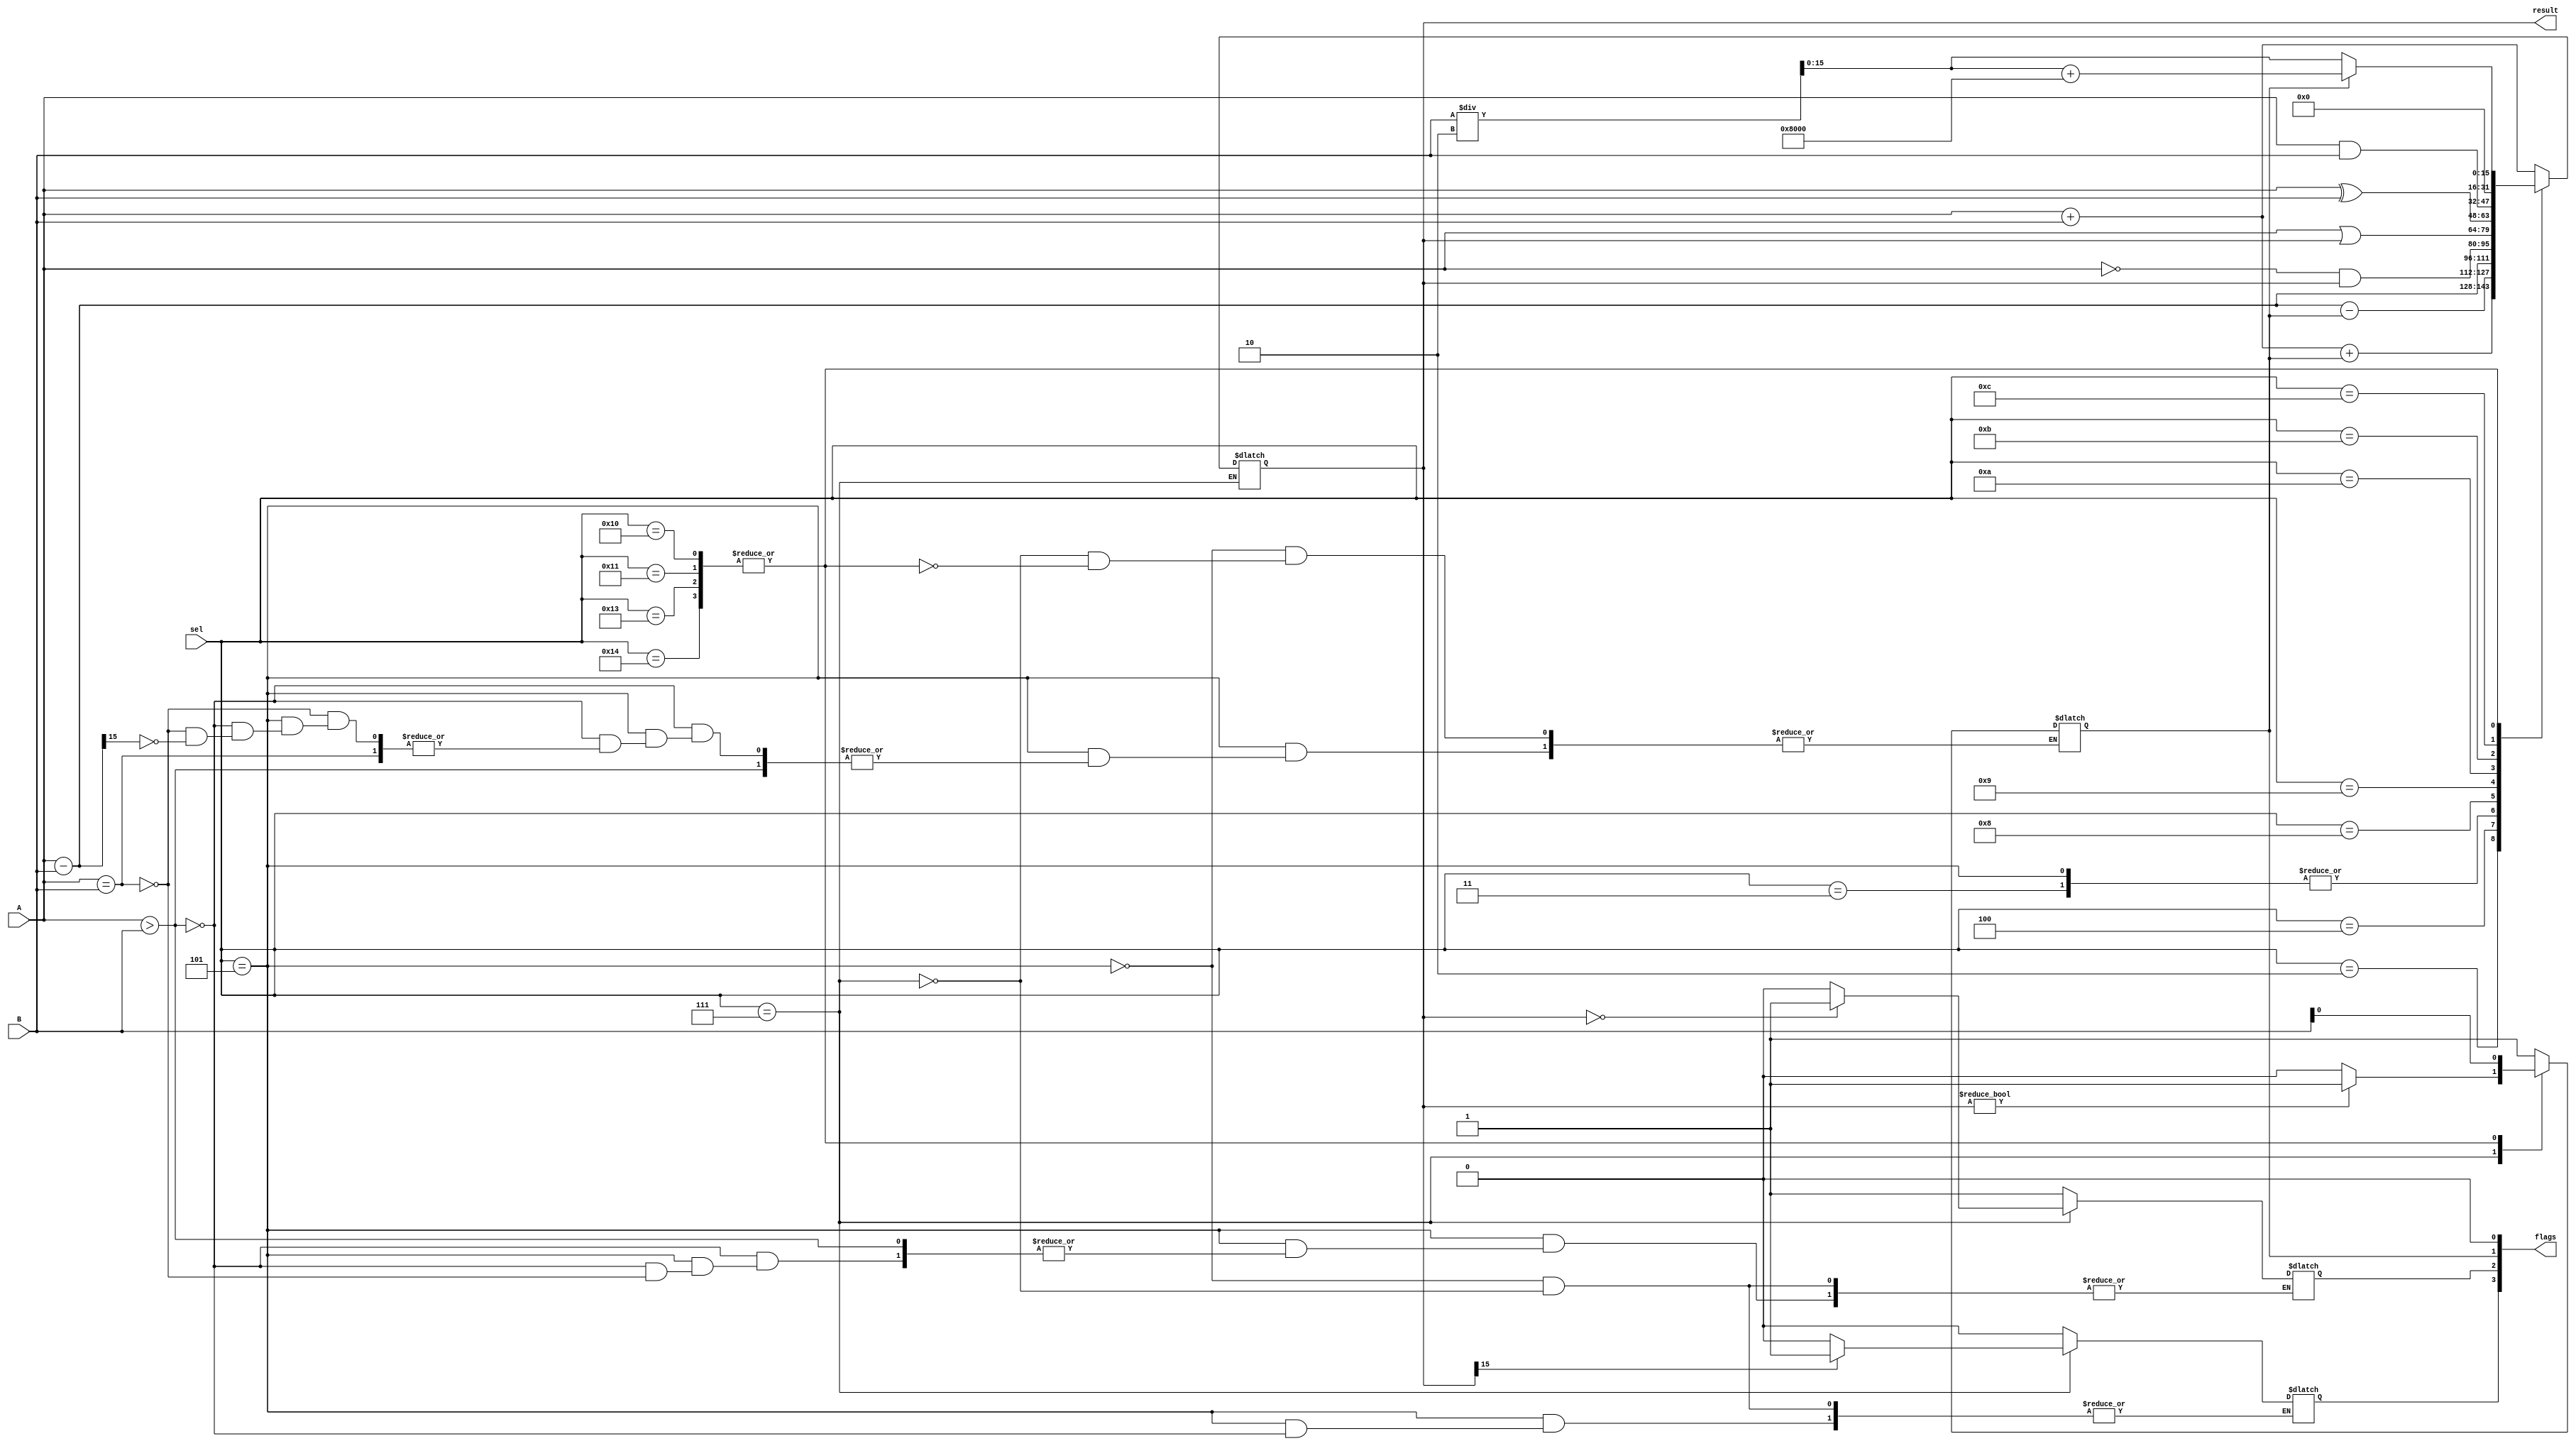
module ALU16bit(A, B, result, sel, flags);
	/* inputs */
	input  [15:0] A, B;
	input  [4:0]  sel;
	
	/* outputs */
	output [15:0] result;
	output [3:0]  flags;
	
	/* regs */
	reg    [3:0]  flags;
	reg 	 [15:0] result;
	
initial
	begin
		flags[3] = 1'b0;
		flags[2] = 1'b0;
		flags[1] = 1'b0;
		flags[0] = 1'b0;
	end
	
always @(A or B or sel) 
	begin
		case(sel)
		
		/*
			DOUBLE OPERAND OPERATIONS
		*/
			5'b00000: result = A + B;				// MOV
			5'b00001: result = A + B;				// ADD, ADD.B
			5'b00010: result = A + B + flags[1];// ADDC
			5'b00011: result = A - B;				// SUB, SUB.B
			5'b00100: result = A - B - flags[1];// SUBC
			5'b00101: 									//	CMP
				begin
					result = A - B;
					if(A > B) flags[3] = 0;
					else if( A == B) flags[2] = 1;
					else if(result[15] == 1) flags[1] = 1;
				end
			5'b00110: result = A + B;				// DADD
			5'b00111: 									//	BIT
				begin
					if(result[15] == 1) flags[3] = 1;
					else flags[3] = 0; 
				
					if(result == 16'b0) flags[2] = 1;
					else flags[2] = 0;
							
					if(result != 16'b0) flags[1] = 1;
					else flags[1] = 0;
				end
			5'b01000: result = ~A & result;		// BIC, BIC.B
			5'b01001: result = A | result;		// BIS, BIS.B
			5'b01010: result = A ^ B;				// XOR, XOR.B
			5'b01011: result = A & B;				// AND, AND.B
			5'b01100: result = 16'b0;
		/*
			end of DOUBLE OPERAND OPERATIONS
		*/
		/*
			SINGLE OPERAND OPERATIONS
		*/
			5'b10000,									//RRC
			5'b10001,
			5'b10011,
			5'b10100:
				begin
					if (flags[1]==1) 
						begin
							flags[1] = B[0];
							result = (B/2)+16'h8000;
						end
					else 
						begin
							flags[1] = B[0];
							result = (B/2);
						end
				end
		/*
			end of SINGLE OPERAND OPERATIONS
		*/
			
			default: result = 16'bxxxx;
		endcase
	end
	
endmodule